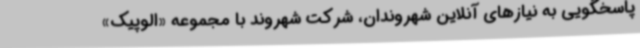
پاسخگویی به نیازهای آنلاین شهروندان، شرکت شهروند با مجموعه «الوپیک»